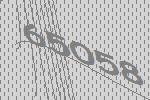
65058